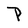
Character: P